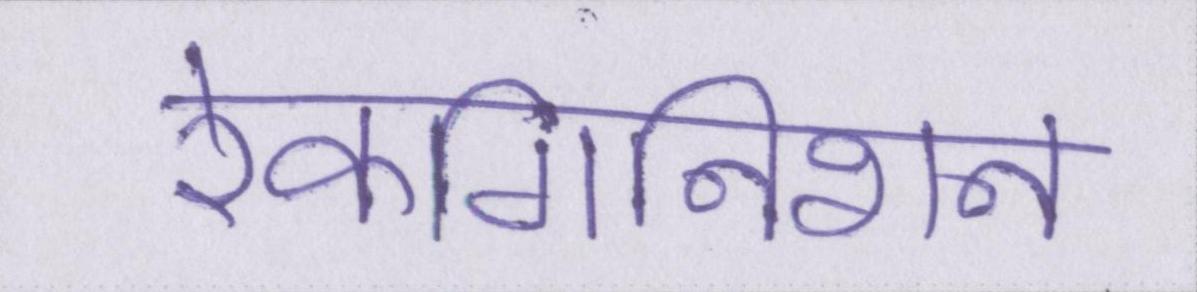
रेकगिनिशन